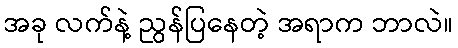
အခု လက်နဲ့ ညွန်ပြနေတဲ့ အရာက ဘာလဲ။